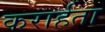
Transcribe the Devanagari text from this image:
करार्हता